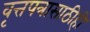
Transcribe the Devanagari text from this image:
वृत्तपत्रासाठीही